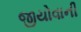
જીયોવાની